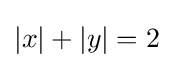
|x|+|y|=2